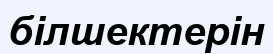
білшектерін